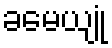
ခမေယျုံ